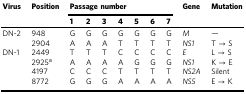
| <ROWSPAN=2> Virus | <ROWSPAN=2> Position | <COLSPAN=7> Passage number | <ROWSPAN=2> Gene | <ROWSPAN=2> Mutation |
 | 1 | 2 | 3 | 4 | 5 | 6 | 7 |
 | --- | --- | --- | --- | --- | --- | --- | --- | --- | --- | --- |
 | <ROWSPAN=2> DN-2 | 948 | G | G | G | G | G | G | G | M | — |
 | 2904 | A | A | A | T | T | T | T | NS1 | T → S |
 | <ROWSPAN=4> DN-1 | 2449 | T | T | T | C | C | C | C | E | L → S |
 | 2925a | A | A | A | A | G | G | G | NS1 | K → E |
 | 4197 | C | C | C | T | T | T | T | NS2A | Silent |
 | 8772 | G | G | G | A | A | A | A | NS5 | E → K |